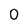
Character: 0